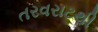
તરવરાટથી